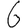
Digit: 6